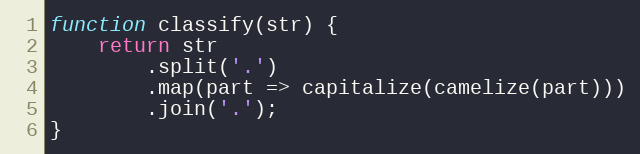
Language: JavaScript
function classify(str) {
    return str
        .split('.')
        .map(part => capitalize(camelize(part)))
        .join('.');
}